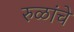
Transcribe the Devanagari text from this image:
रुळांचे